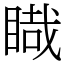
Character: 睵